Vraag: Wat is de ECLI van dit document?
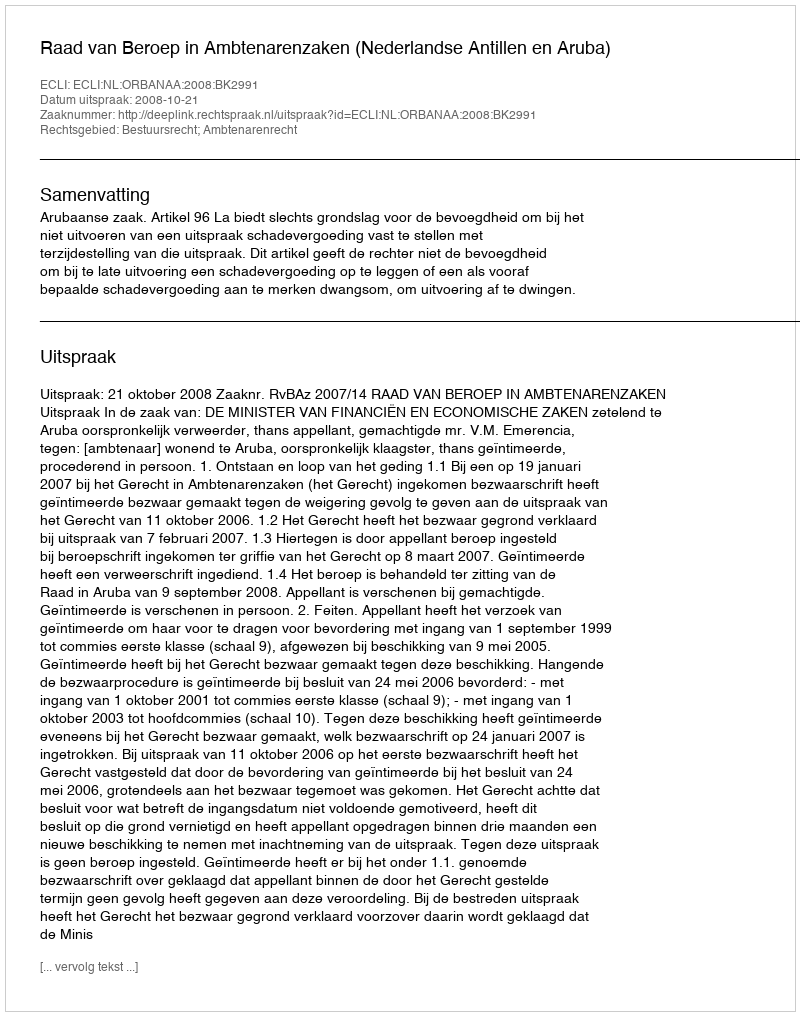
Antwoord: ECLI:NL:ORBANAA:2008:BK2991